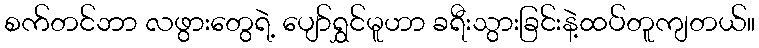
စက်တင်ဘာ လဖွားတွေရဲ့ ပျော်ရွှင်မူဟာ ခရီးသွားခြင်းနဲ့ထပ်တူကျတယ်။